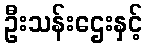
ဦးသန်းဌေးနှင့်